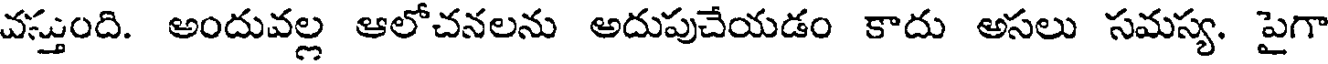
వస్తుంది. అందువల్ల ఆలోచనలను అదుపుచేయడం కాదు అసలు సమస్య. పైగా